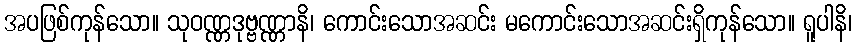
အပဖြစ်ကုန်သော။ သုဝဏ္ဏဒုဗ္ဗဏ္ဏာနိ၊ ကောင်းသောအဆင်း မကောင်းသောအဆင်းရှိကုန်သော။ ရူပါနိ၊